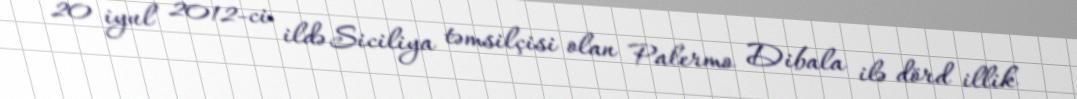
20 iyul 2012-ci ildə Siciliya təmsilçisi olan Palermo Dibala ilə dörd illik